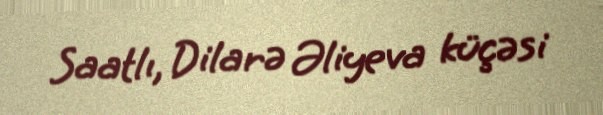
Saatlı, Dilarə Əliyeva küçəsi